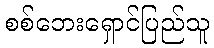
စစ်ဘေးရှောင်ပြည်သူ